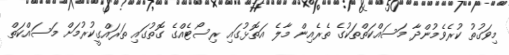
މިވަގުތު ކުރެވެމުންދާ މަސައްކަތްތަކުގެ ތެރެއިން މާލެ އަތޮޅުގައި ރިސޯޓެއްގެ ގޮތުގައި ތަރައްގީކުރުމަށް މަސައްކަތް